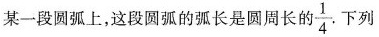
某一段圆弧上，这段圆弧的弧长是圆周长的 \frac{1}{4}.下列